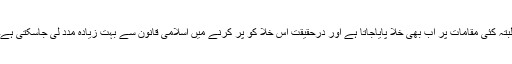
البتہ کئی مقامات پر اب بھی خلا پایاجاتا ہے اور درحقیقت اس خلا کو پر کرنے میں اسلامی قانون سے بہت زیادہ مدد لی جاسکتی ہے۔